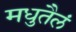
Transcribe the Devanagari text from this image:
मधुतैलं